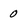
Character: 0